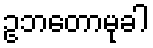
ဥဘတောမုခါ